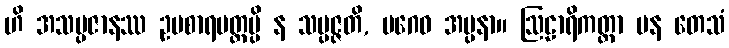
ဟိ အသမ္ပဇာနဿ ဥပစာရမတ္တမ္ပိ န သမ္ပဇ္ဇတိ, ပဂေဝ အပ္ပနာ။ ဩဠာရိကတ္တာ ပန တေသံ